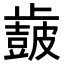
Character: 𣦩